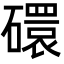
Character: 𬒥